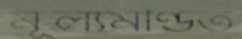
মূল্যমণ্ডিত